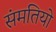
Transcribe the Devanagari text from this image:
संमतियो